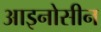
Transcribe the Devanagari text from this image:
आइनोसीन